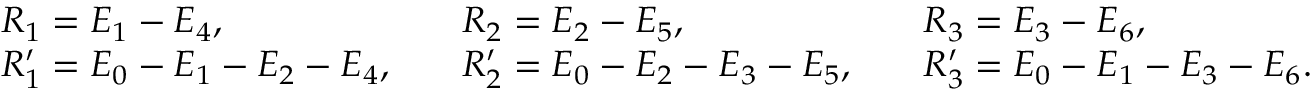
\begin{array} { r l r l r l } & { R _ { 1 } = E _ { 1 } - E _ { 4 } , } & & { R _ { 2 } = E _ { 2 } - E _ { 5 } , } & & { R _ { 3 } = E _ { 3 } - E _ { 6 } , } \\ & { R _ { 1 } ^ { \prime } = E _ { 0 } - E _ { 1 } - E _ { 2 } - E _ { 4 } , } & & { R _ { 2 } ^ { \prime } = E _ { 0 } - E _ { 2 } - E _ { 3 } - E _ { 5 } , } & & { R _ { 3 } ^ { \prime } = E _ { 0 } - E _ { 1 } - E _ { 3 } - E _ { 6 } . } \end{array}